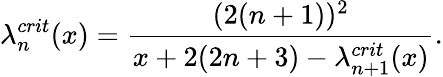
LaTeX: \lambda_{n}^{crit}(x)=\frac{(2(n+1))^{2}}{x+2(2n+3)-\lambda_{n+1}^{crit}(x)}.